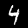
Digit: 4